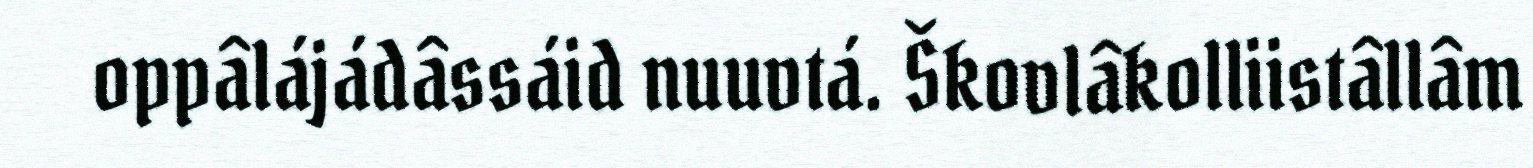
oppâlájádâssáid nuuvtá. Škovlâkolliistâllâm